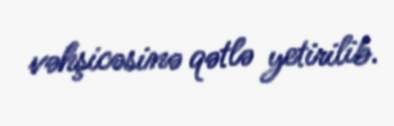
vəhşicəsinə qətlə yetirilib.